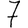
Digit: 7